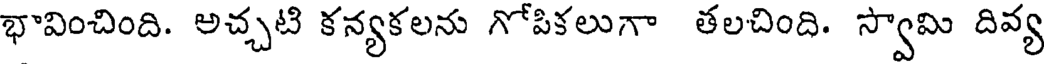
భావించింది. అచ్చటి కన్యకలను గోపికలుగా తలచింది. స్వామి దివ్య